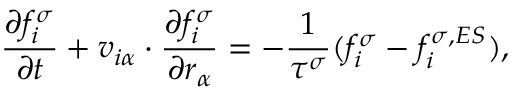
\frac { \partial f _ { i } ^ { \sigma } } { \partial t } + v _ { i \alpha } \cdot \frac { \partial f _ { i } ^ { \sigma } } { \partial r _ { \alpha } } = - \frac { 1 } { \tau ^ { \sigma } } ( f _ { i } ^ { \sigma } - f _ { i } ^ { \sigma , E S } ) ,